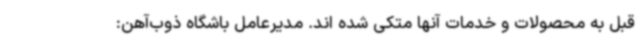
قبل به محصولات و خدمات آنها متکی شده اند. مدیرعامل باشگاه ذوب‌آهن: